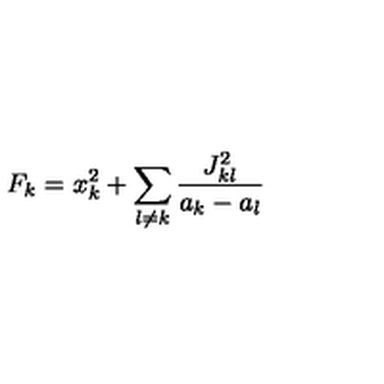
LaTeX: F _ { k } = x _ { k } ^ { 2 } + \sum _ { l \neq k } { \frac { J _ { k l } ^ { 2 } } { a _ { k } - a _ { l } } }